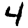
Digit: 4